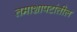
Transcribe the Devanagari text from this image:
तमाशापटांतील